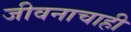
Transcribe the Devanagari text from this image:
जीवनाचाही